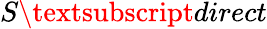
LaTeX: S\textsubscript{direct}